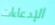
الإدعاءات